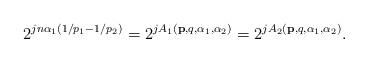
LaTeX: \begin{align*}2^{jn\alpha_1(1/p_1-1/p_2)}=2^{jA_1(\mathbf{p},q,\alpha_1,\alpha_2)}=2^{jA_2(\mathbf{p},q,\alpha_1,\alpha_2)}.\end{align*}